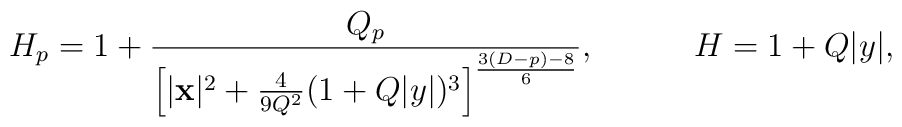
H_p=1+{{Q_p}\over{\left[|{\bf x}|^2+{4\over{9Q^2}}(1+Q|y|)^3\right]^{{3(D-p)-8}\over 6}}},\ \ \ \ \ \ \ \ \  H=1+Q|y|,